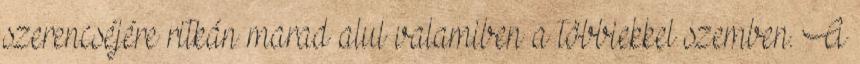
szerencséjére ritkán marad alul valamiben a többiekkel szemben. A